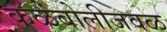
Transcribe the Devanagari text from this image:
कळंबोलीजवळ